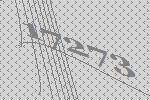
17273